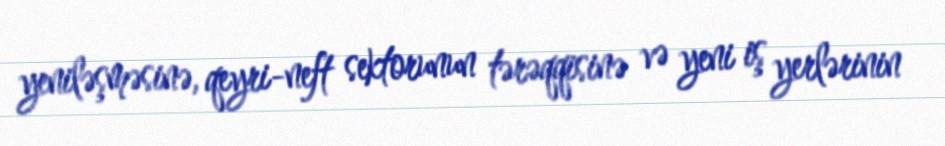
yeniləşməsinə, qeyri-neft sektorunun tərəqqisinə və yeni iş yerlərinin